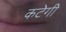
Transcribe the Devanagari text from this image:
कटेगी